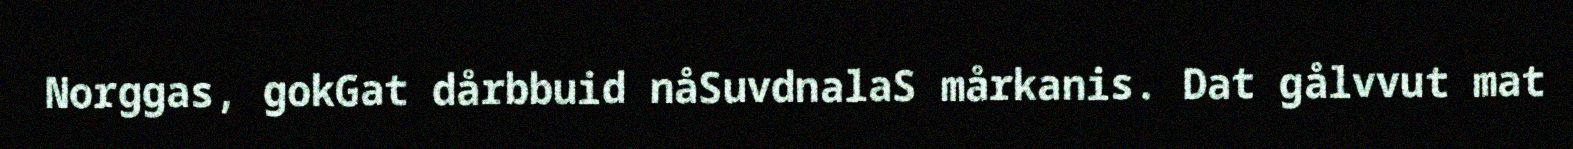
Norggas, gokGat dårbbuid nåSuvdnalaS mårkanis. Dat gålvvut mat